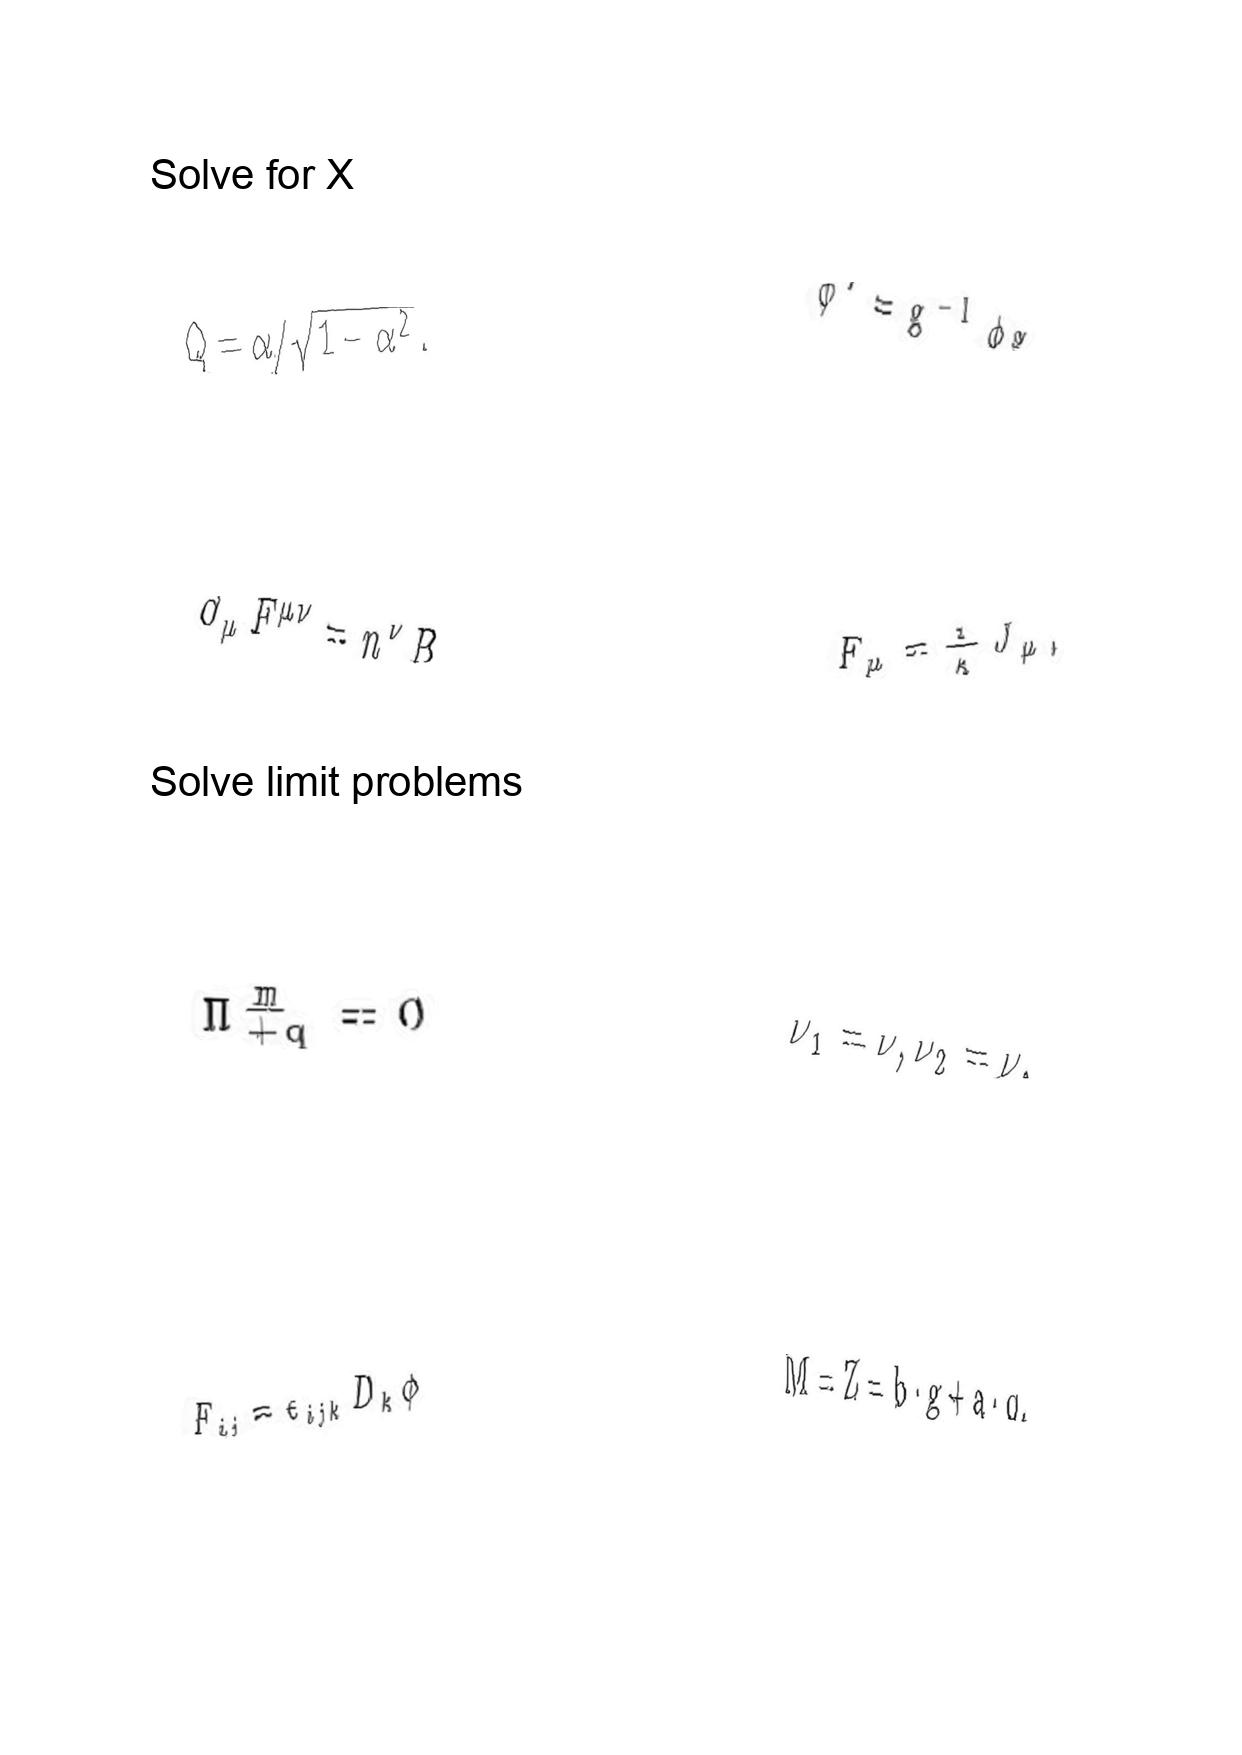
LaTeX transcription:
Q = \alpha / \sqrt { 1 - \alpha ^ { 2 } } .
\partial _ { \mu } F ^ { \mu \nu } = n ^ { \nu } B
\Pi _ { + q } ^ { \underline { m } } = 0
F _ { i j } = \epsilon _ { i j k } D _ { k } \phi
\phi ^ { \prime } = g ^ { - 1 } \phi g .
F _ { \mu } = \frac { 1 } { \kappa } J _ { \mu } ,
\nu _ { 1 } = \nu , \nu _ { 2 } = \nu ,
M = Z = b \cdot g + a \cdot q ,